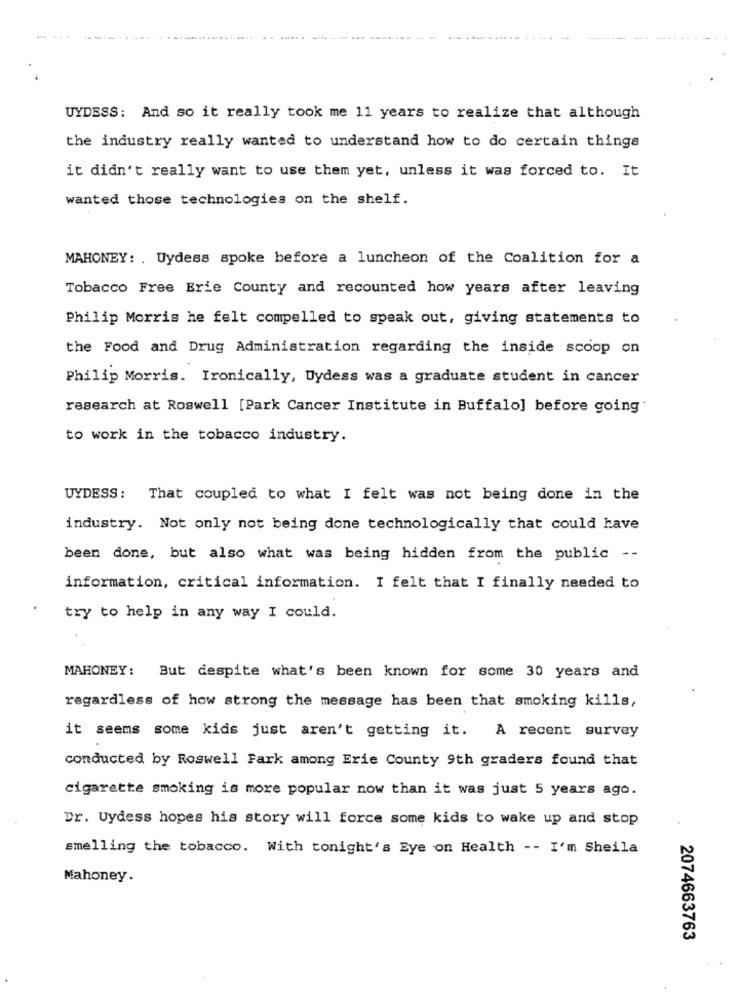
......
UYDESS: And so it really took me 11 years to realize that although
the industry really wanted to understand how to do certain things
it didn't really want to use them yet, unless it was forced to. It
wanted those technologies on the shelf.
MAHONEY: . Uydess spoke before a luncheon of the Coalition for a
Tobacco Free Erie County and recounted how years after leaving
Philip Morris he felt compelled to speak out, giving statements to
the Food and Drug Administration regarding the inside scoop on
Philip Morris. Ironically, Uydess was a graduate student in cancer
research at Roswell [Park Cancer Institute in Buffalo] before going"
to work in the tobacco industry.
UYDESS: That coupled to what I felt was not being done in the
industry. Not only not being done technologically that could have
been done, but also what was being hidden from the public --
information, critical information. I felt that I finally needed to
try to help in any way I could.
MAHONEY :
But despite what's been known for some 30 years and
regardless of how strong the message has been that smoking kills,
it seems some kids just aren't getting it. A recent survey
conducted by Roswell Fark among Erie County 9th graders found that
cigarette smoking is more popular now than it was just 5 years ago.
Dr. Uydess hopes his story will force some kids to wake up and stop
smelling the tobacco. With tonight's Eye on Health -- I'm Sheila
Mahoney.
2074663763